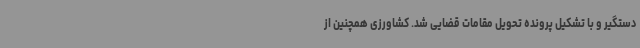
دستگیر و با تشکیل پرونده تحویل مقامات قضایی شد. کشاورزی همچنین از